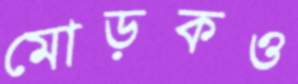
মোড়কও